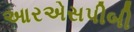
આરએસપીબી